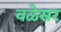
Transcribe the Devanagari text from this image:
वळेसर